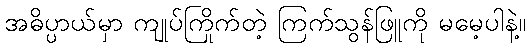
အဓိပ္ပာယ်မှာ ကျုပ်ကြိုက်တဲ့ ကြက်သွန်ဖြူကို မမေ့ပါနဲ့။